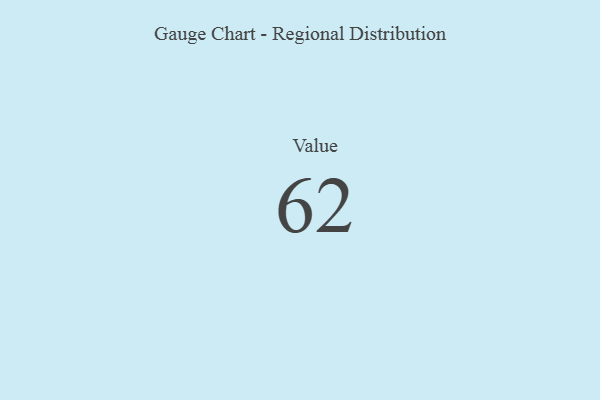
{"axis": {"x": "Metric", "y": "Value"}, "legend": [""], "data": [{"x": "Value", "y": 62, "type": ""}]}